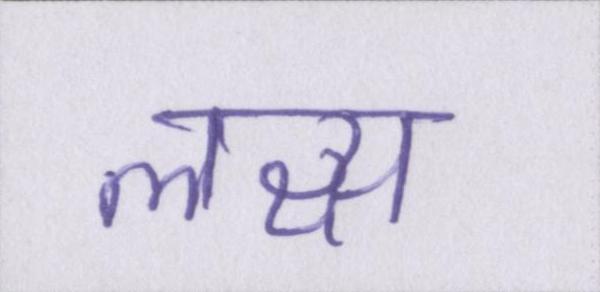
लक्ष्य